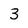
Character: 3